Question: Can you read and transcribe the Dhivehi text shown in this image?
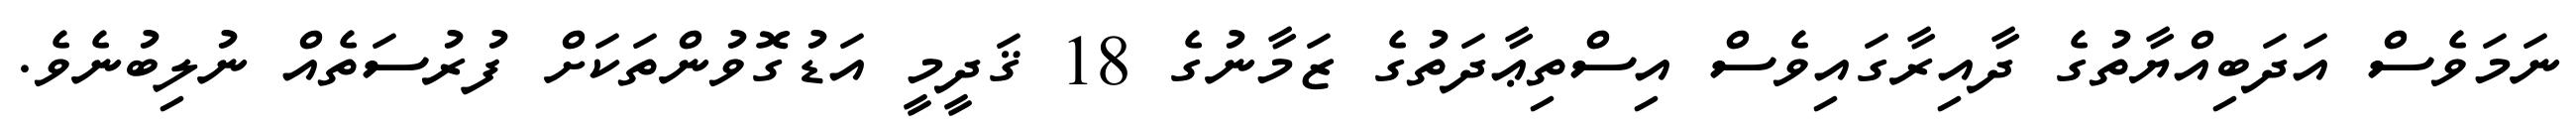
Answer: ނަމަވެސް އަދަބިއްޔާތުގެ ދާއިރާގައިވެސް އިސްތިޢާދަތުގެ ޒަމާނުގެ 18 ޤަދީމީ އަޑުގޮވުންތަކަށް ފުރުސަތެއް ނުލިބުނެވެ.